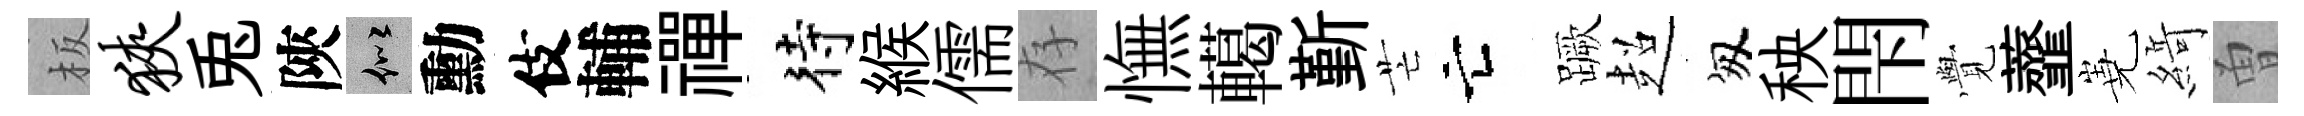
板狭兎陝似勳伎輔禪待緱儒存憮轕斳芒亡蹶超匆秧閇𮗜虀嶤𦂶曽